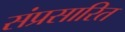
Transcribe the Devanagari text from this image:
संप्रसारित